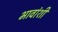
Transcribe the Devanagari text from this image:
भावांशी